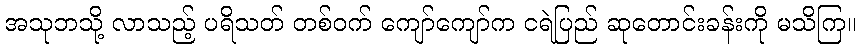
အသုဘသို့ လာသည့် ပရိသတ် တစ်ဝက် ကျော်ကျော်က ငရဲပြည် ဆုတောင်းခန်းကို မသိကြ။